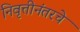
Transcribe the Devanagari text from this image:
निवृत्तीनंतरचे